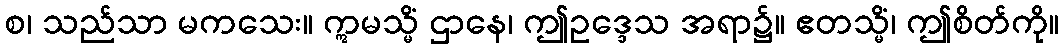
စ၊ သည်သာ မကသေး။ ဣမသ္မိံ ဌာနေ၊ ဤဥဒ္ဒေသ အရာ၌။ ဧတသ္မိံ၊ ဤစိတ်ကို။